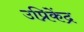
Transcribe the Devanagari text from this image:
उप्रिकेंद्र